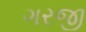
ગરજી